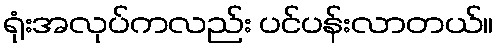
ရုံးအလုပ်ကလည်း ပင်ပန်းလာတယ်။